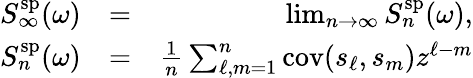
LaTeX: \begin{array}{rlr}{S_{\infty}^{\mathrm{sp}}(\omega)}&{=}&{\operatorname*{lim}_{n\rightarrow\infty}S_{n}^{\mathrm{sp}}(\omega),}\\ {S_{n}^{\mathrm{sp}}(\omega)}&{=}&{\frac{1}{n}\sum_{\ell,m=1}^{n}\mathrm{cov}(s_{\ell},s_{m})z^{\ell-m}}\end{array}